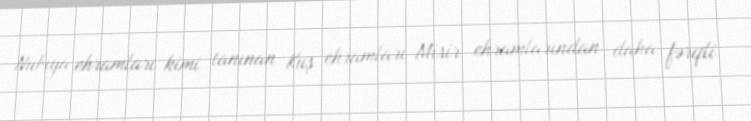
Nubiya ehramları kimi tanınan Kuş ehramları Misir ehramlarından daha fərqli